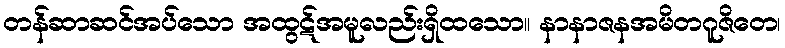
တန်ဆာဆင်အပ်သော အထွဋ်အမူလည်းရှိထသော။ နာနာဇနအမိတဂူဇိတေ၊